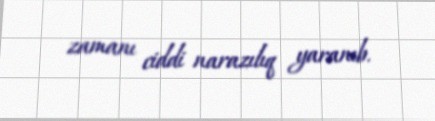
zamanı ciddi narazılıq yaranıb.